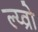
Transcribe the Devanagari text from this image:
ल्य्व्रो